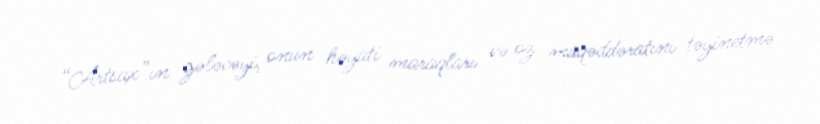
“Artsax”ın gələcəyi, onun həyati maraqları və öz müqəddəratını təyinetmə